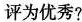
评为优秀?